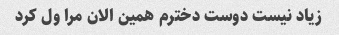
زیاد نیست دوست دخترم همین الان مرا ول کرد